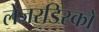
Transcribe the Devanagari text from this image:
लेजरडिस्कों